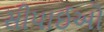
સીપાઈઓ